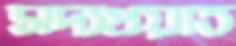
সদ্যপ্রয়াত